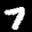
Label: 7